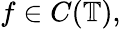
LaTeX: f\in C(\mathbb{T}),